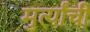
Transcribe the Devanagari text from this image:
मुर्त्यांची